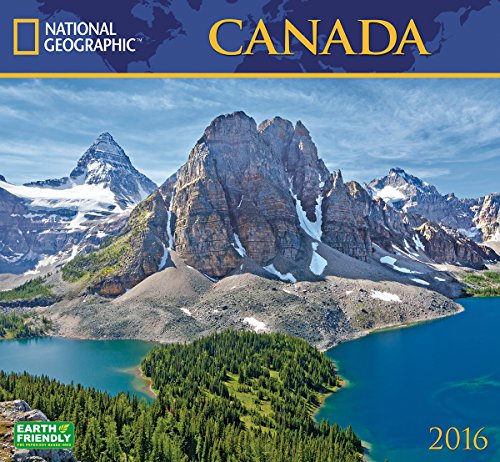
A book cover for Canada National Geographic 2016 Wall Calendar; National Geographic Society; Travel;